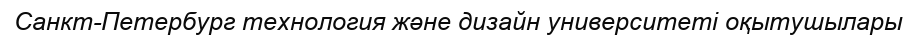
Санкт-Петербург технология және дизайн университеті оқытушылары